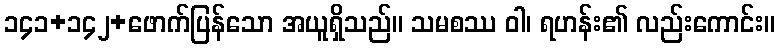
၁၄၁+၁၄၂+ဖောက်ပြန်သော အယူရှိသည်။ သမစဿ ဝါ၊ ရဟန်း၏ လည်းကောင်း။